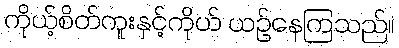
ကိုယ့်စိတ်ကူးနှင့်ကိုယ် ယဉ်နေကြသည်။